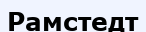
Рамстедт